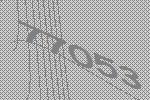
77053